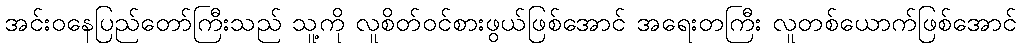
အင်းဝနေပြည်တော်ကြီးသည် သူ့ကို လူစိတ်ဝင်စားဖွယ်ဖြစ်အောင် အရေးတကြီး လူတစ်ယောက်ဖြစ်အောင်